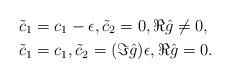
LaTeX: \begin{align*}&\tilde c_1 = c_1-\epsilon,\tilde c_2 = 0, \Re\hat g\neq 0, \\&\tilde c_1 = c_1,\tilde c_2 = (\Im\hat g)\epsilon, \Re\hat g= 0.\end{align*}